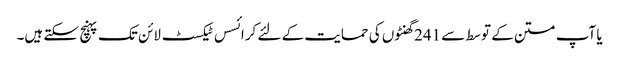
یا آپ متن کے توسط سے 241 گھنٹوں کی حمایت کے لئے کرائسس ٹیکسٹ لائن تک پہنچ سکتے ہیں۔